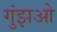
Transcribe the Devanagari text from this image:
गुंझओ